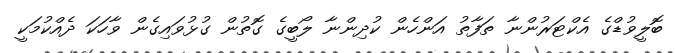
ބޮލީވުޑްގެ އެކްޓަރުންނާ ތަފާތު އަންހެން ކުދިންނާ ލޯބީގެ ގޮތުން ގުޅުވައިގެން ވާހަކަ ދެއްކުމަކީ